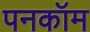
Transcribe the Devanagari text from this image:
पनकॉम